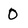
Character: 0